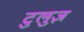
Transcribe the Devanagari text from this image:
टुलुज़